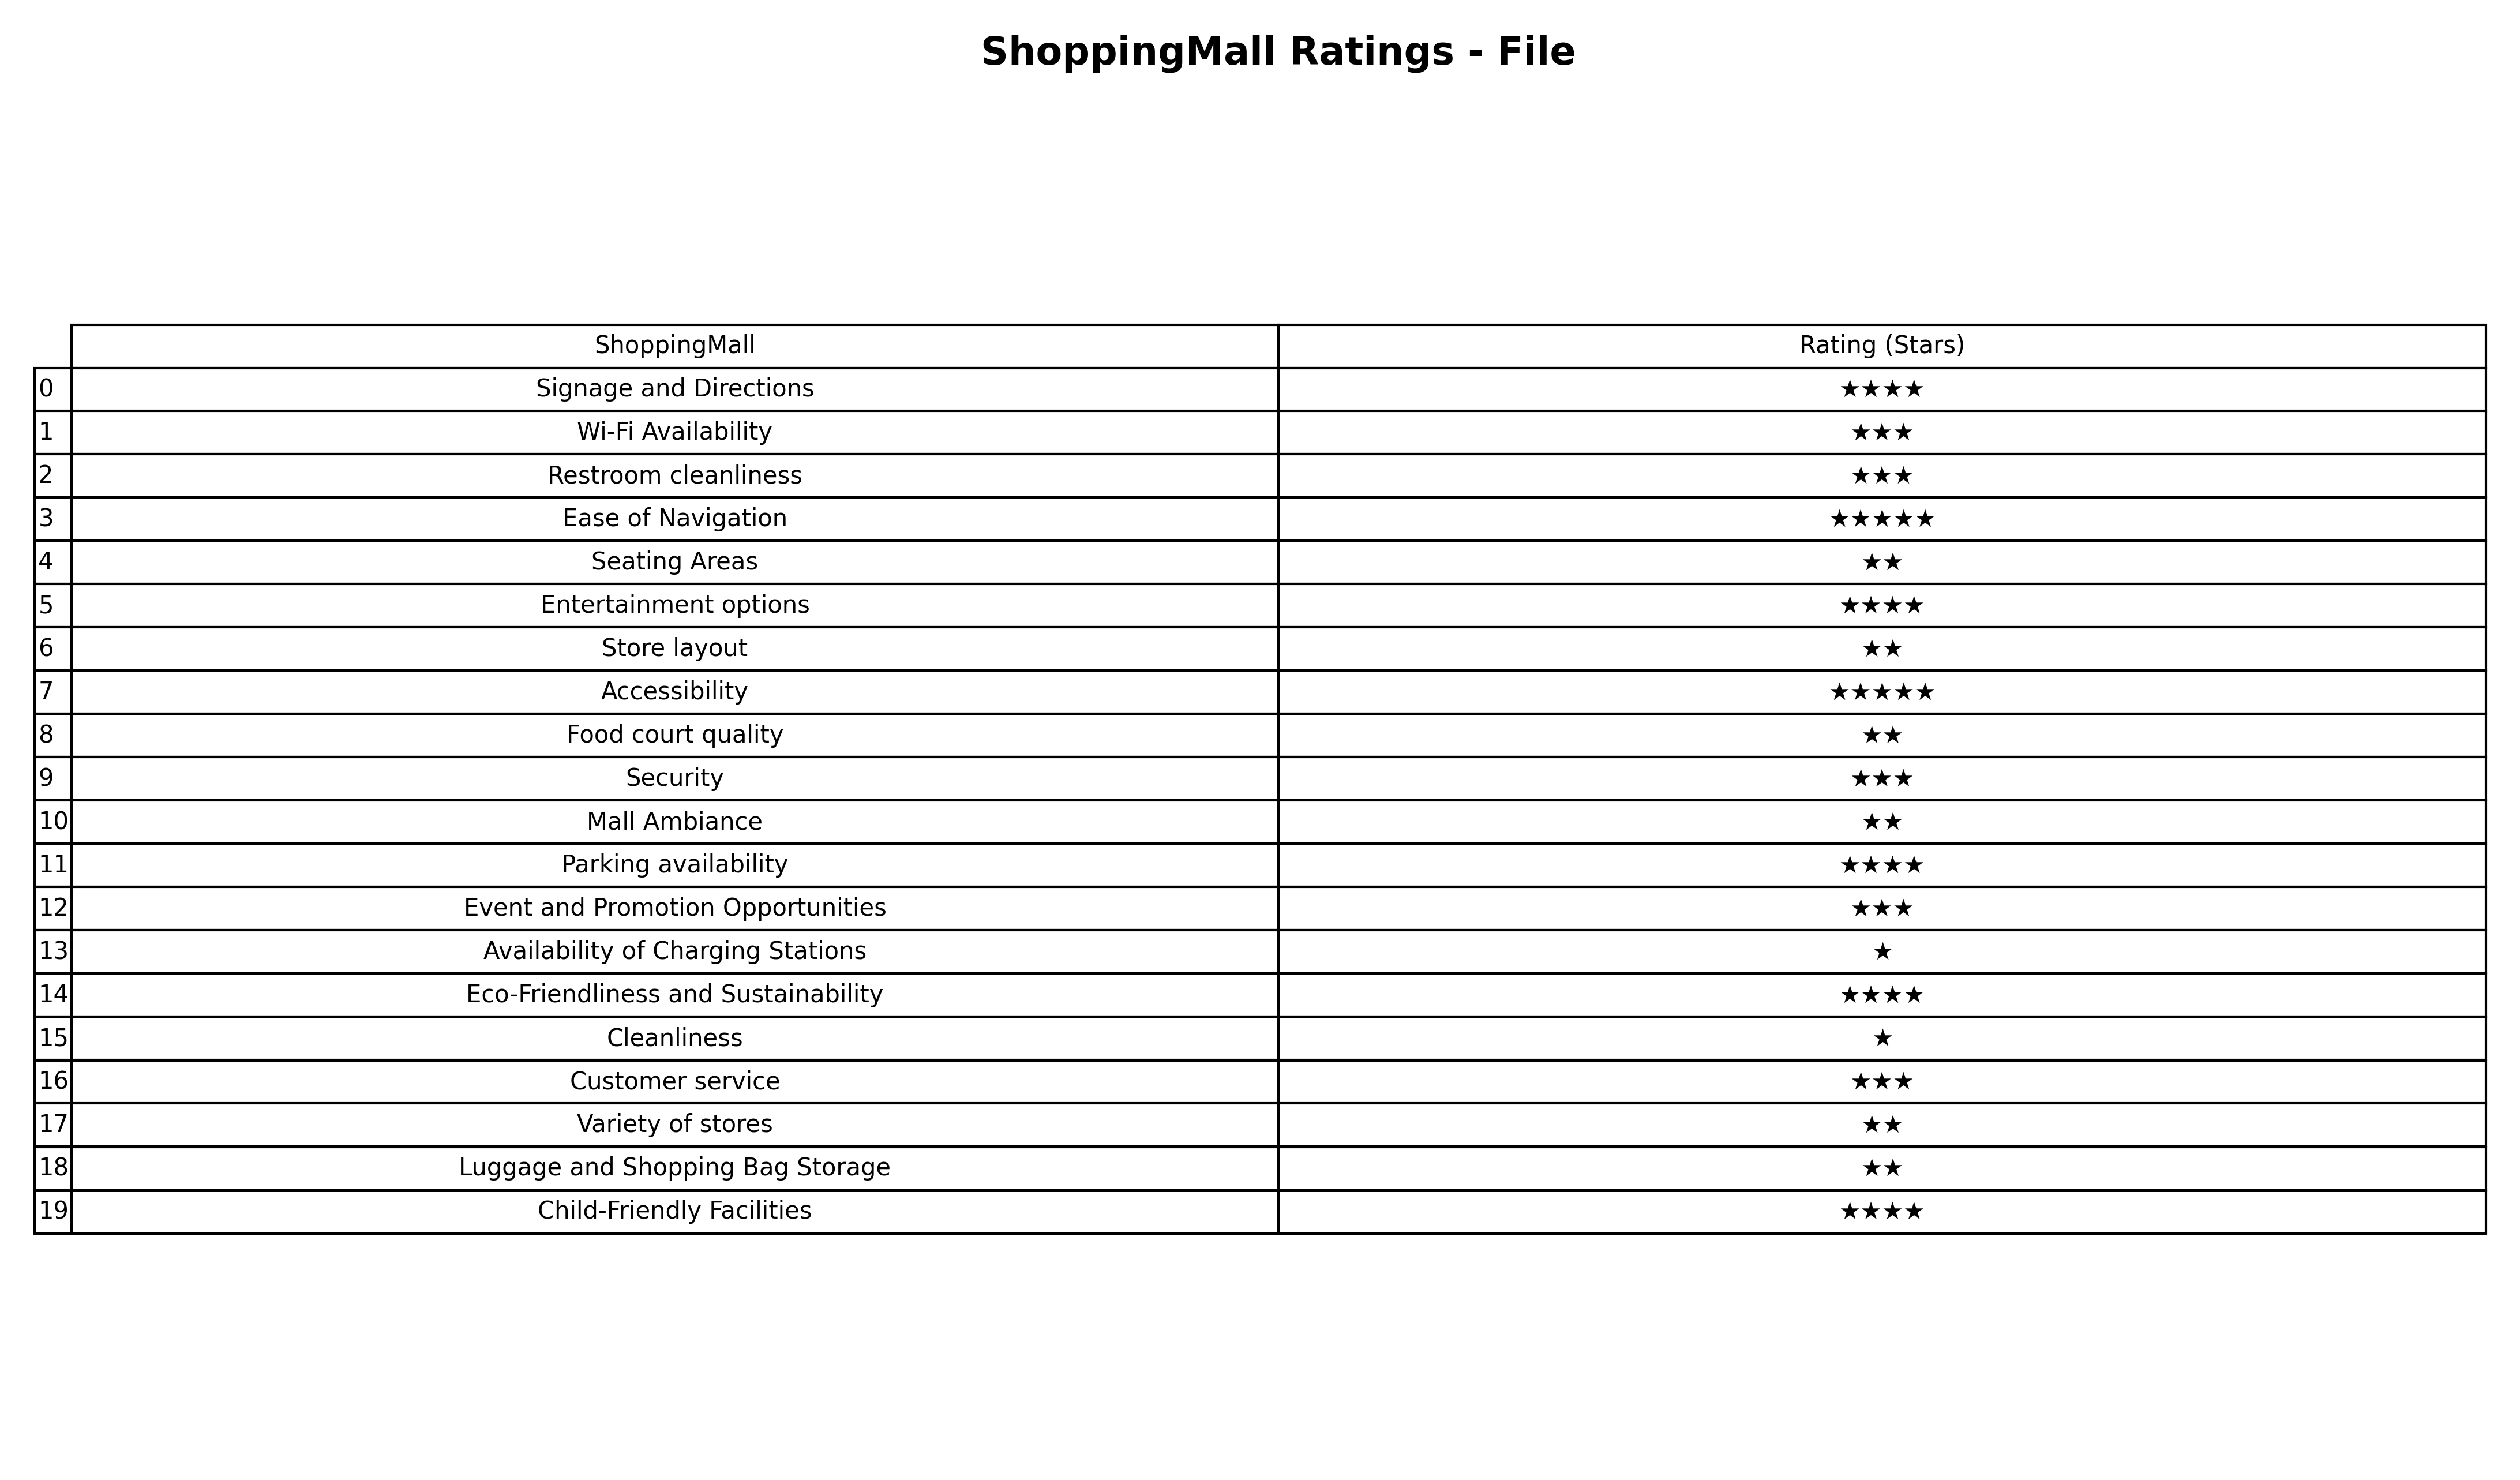
question: What are five star services?
answer: Ease of NavigationAccessibility